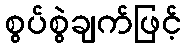
စွပ်စွဲချက်ဖြင့်